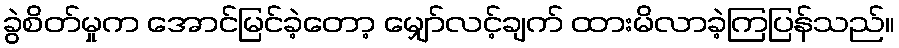
ခွဲစိတ်မှုက အောင်မြင်ခဲ့တော့ မျှော်လင့်ချက် ထားမိလာခဲ့ကြပြန်သည်။